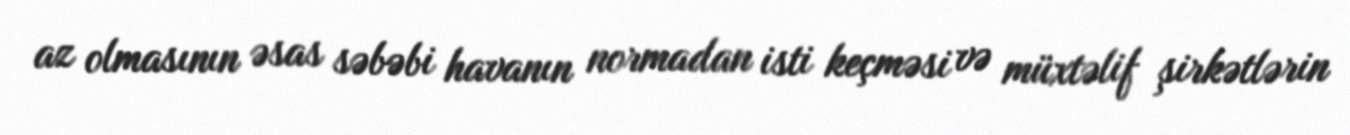
az olmasının əsas səbəbi havanın normadan isti keçməsi və müxtəlif şirkətlərin